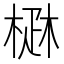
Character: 𤴜